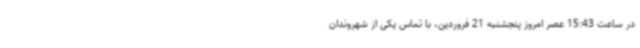
در ساعت 15:43 عصر امروز پنجشنبه 21 فروردین، با تماس یکی از شهروندان